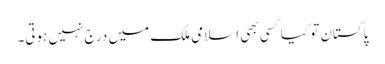
پاکستان تو کیا کسی بھی اسلامی ملک میں درج نہیں ہوتی۔